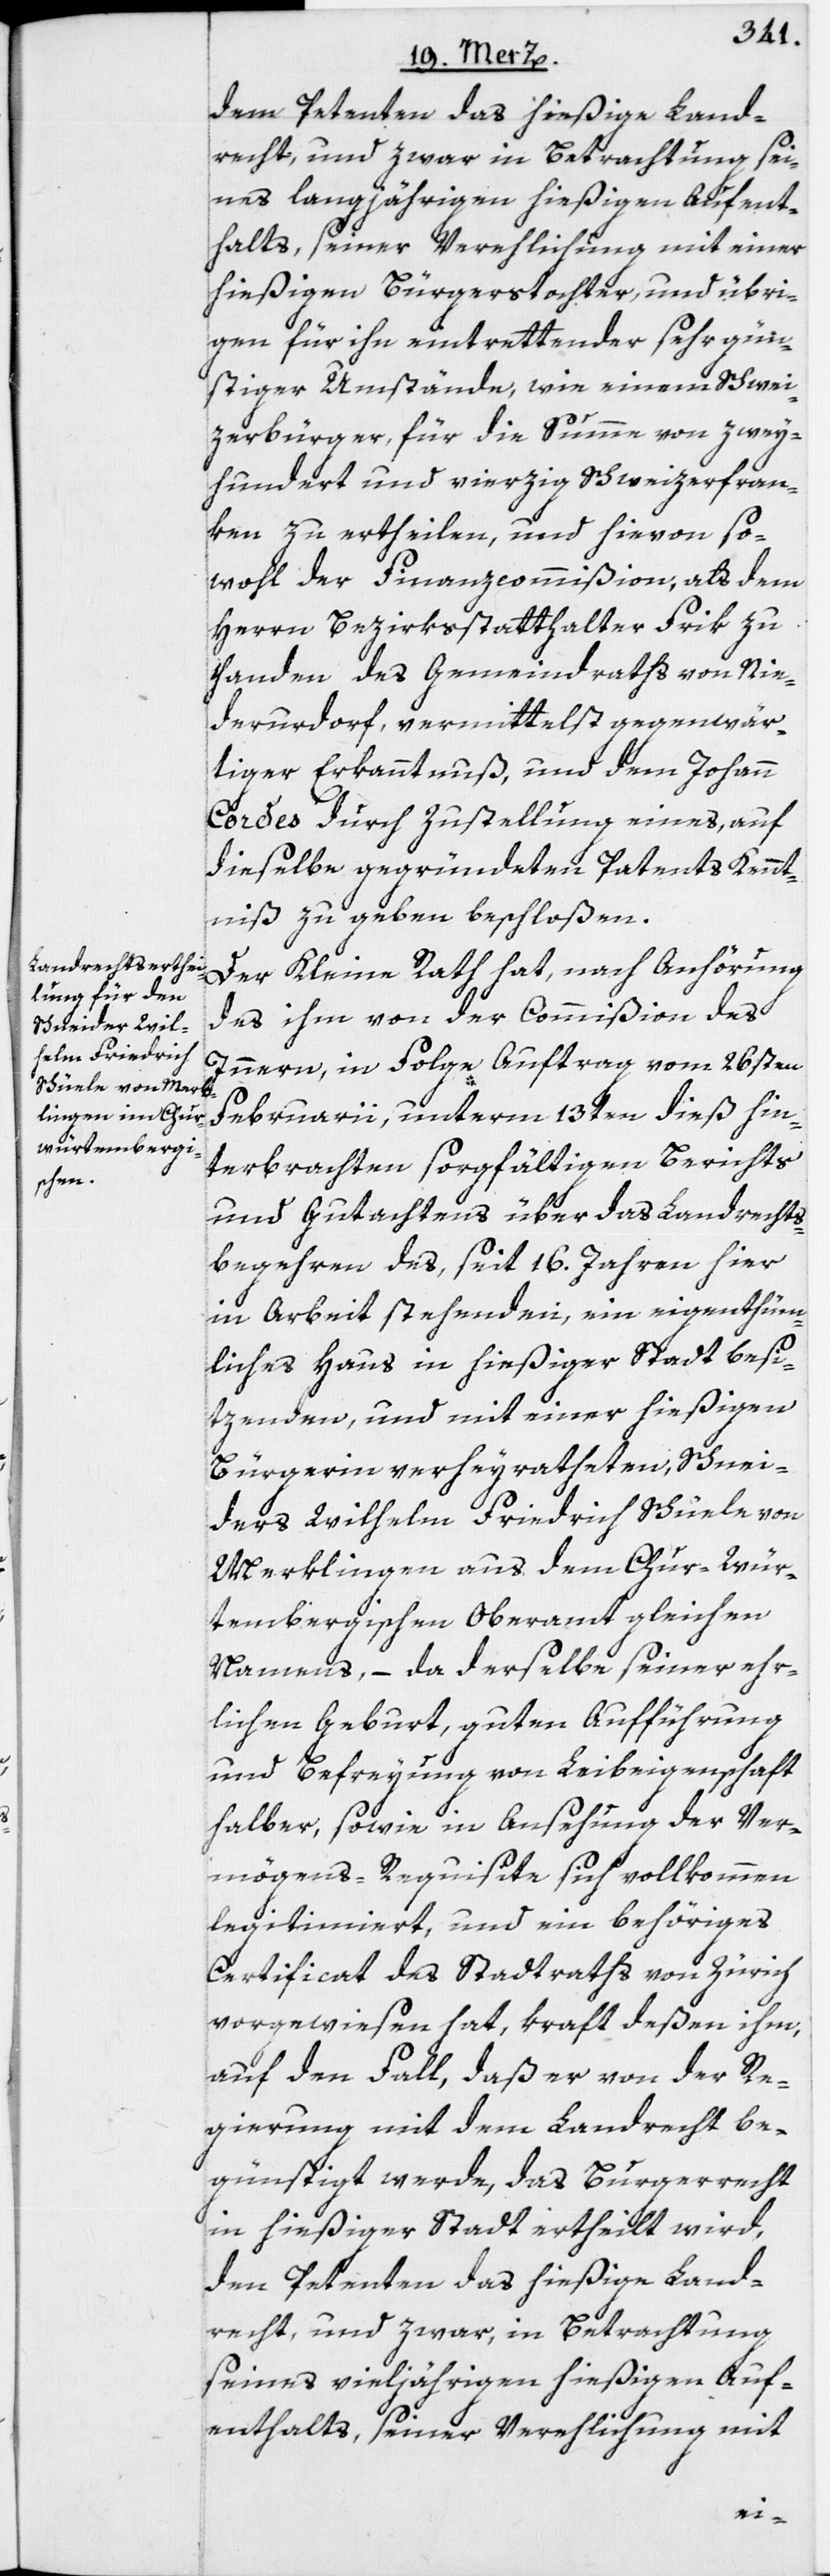
dem Petenten das hießige Land¬
recht, und zwar in Betrachtung sei¬
nes langjährigen hießigen Aufent¬
halts, seiner Verehlichung mit einer
hießigen Bürgerstochter, und übri¬
gen für ihn eintrettender sehr gün¬
stiger Umstände, wie einem Schwei¬
zerbürger, für die Summe von zwey¬
hundert und vierzig Schweizerfran¬
ken zu ertheilen, und hievon so¬
wohl der Finanzcommißion, als dem
Herrn Bezirksstatthalter Frik zu
Handen des Gemeindraths von Nie¬
derurdorf, vermittelst gegenwär¬
tiger Erkanntnuß, und dem Johann
Cordes durch Zustellung eines, auf
dieselbe gegründeten Patents Kennt¬
niß zu geben beschloßen.
Der Kleine Rath hat, nach Anhörung
des ihm von der Commißion des
Innern, in Folge Auftrag vom 26sten
Februarii, unterm 13ten dieß hin¬
terbrachten sorgfältigen Berichts
und Gutachtens über das Landrechts¬
begehren des, seit 16. Jahren hier
in Arbeit stehenden, ein eigenthüm¬
liches Haus in hießiger Stadt besi¬
tzenden, und mit einer hießigen
Bürgerin verheyratheten, Schnei¬
ders Wilhelm Friedrich Schüele von
Merklingen aus dem Chur-Wür¬
tembergischen Oberamt gleichen
Namens, – da derselbe seiner ehr¬
lichen Geburt, guten Aufführung
und Befreyung von Leibeigenschaft
halber, sowie in Ansehung der Ver¬
mögens-Requisite sich vollkommen
legitimiert, und ein behöriges
Certificat des Stadtraths von Zürich
vorgewiesen hat, kraft deßen ihm,
auf den Fall, daß er von der Re¬
gierung mit dem Landrecht be¬
günstigt werde, das Burgerrecht
in hießiger Stadt ertheilt wird,
den Petenten das hießige Land¬
recht, und zwar, in Betrachtung
seines vieljährigen hießigen Auf¬
enthalts, seiner Verehlichung mit